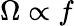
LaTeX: \Omega\propto f